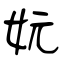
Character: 妧